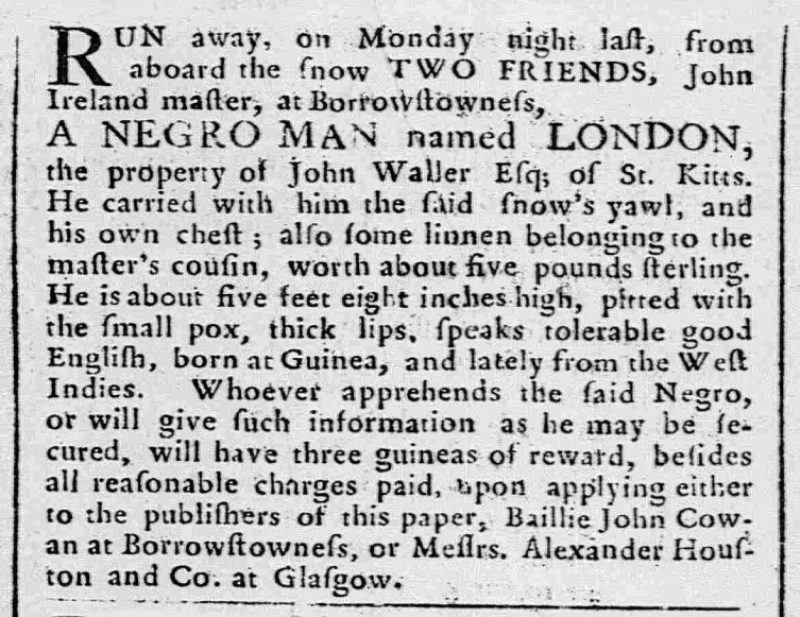
Caledonian Mercury, 2 September 1761 (Scotland)
RUN away, on Monday night last, from aboard the snow TWO FRIENDS, John Ireland master, at Borrowstowness,  A NEGRO MAN named LONDON, the property of John Waller Esq; of St. Kitts. He carried with him the said snow’s yawl, and his own chest; also some linnen belonging to the master’s cousin, worth about five pounds sterling. He is about five feet eight inches high, pitted with the small pox, thick lips, speaks tolerable good English, born at Guinea, and lately from the West Indies. Whoever apprehends the said Negro, or will give such information as he may be secured, will have three guineas of reward, besides all reasonable charges paid, upon applying either to the publishers of this paper, Baillie John Cowan at Borrowstowness, or Messrs. Alexander Houston and Co. at Glasgow.